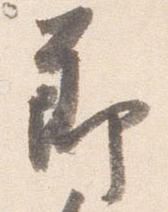
節